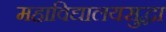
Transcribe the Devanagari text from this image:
महाविद्यालयसुद्धा